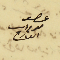
عصو نعوم دىب القارح